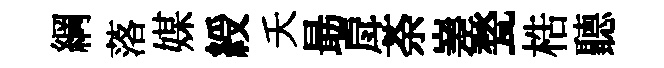
綱落媒綬夭朂戽荼嵳甃梏聽